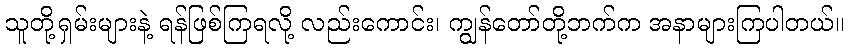
သူတို့ရှမ်းများနဲ့ ရန်ဖြစ်ကြရလို့ လည်းကောင်း၊ ကျွန်တော်တို့ဘက်က အနာများကြပါတယ်။